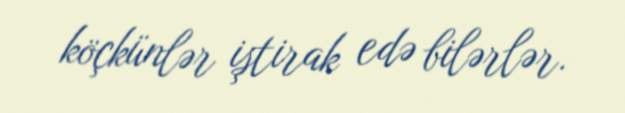
köçkünlər iştirak edə bilərlər.